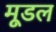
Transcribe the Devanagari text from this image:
मूडल